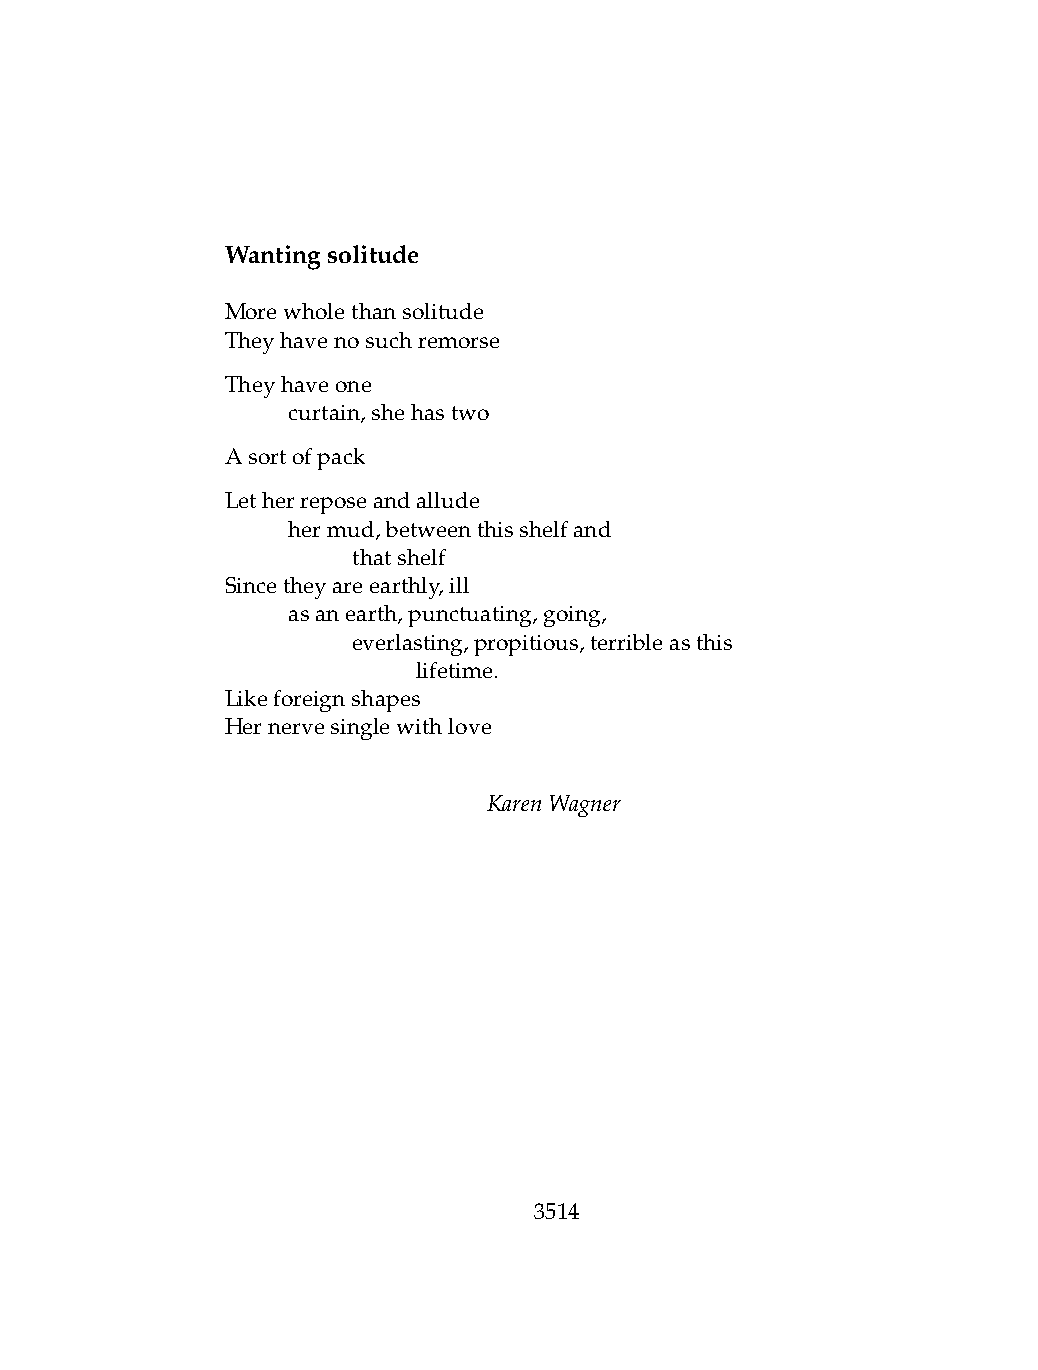
Wantingsolitude
 Morewholethansolitude
 Theyhavenosuchremorse
 Theyhaveone
 .   curtain,shehastwo
 Asortofpack
 Letherreposeandallude
 .   hermud,betweenthisshelfand
 .   .   thatshelf
 Sincetheyareearthly,ill
 .   asanearth,punctuating,going,
 .   .   everlasting,propitious,terribleasthis
 .   .   .    lifetime.
 Likeforeignshapes
 Hernervesinglewithlove
 KarenWagner
 3514